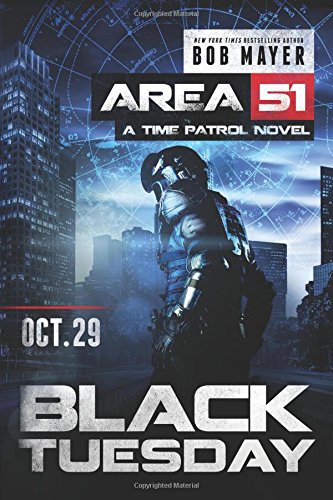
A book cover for Black Tuesday (Area 51: Time Patrol); Bob Mayer; Literature & Fiction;